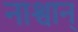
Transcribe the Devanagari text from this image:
नाश्वान्‌